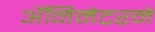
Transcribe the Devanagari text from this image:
ॲनिमेटरने